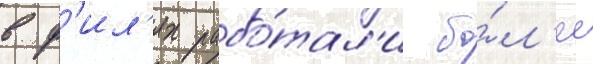
в ф'ил'ях рабо́тал'и бо́л'ее